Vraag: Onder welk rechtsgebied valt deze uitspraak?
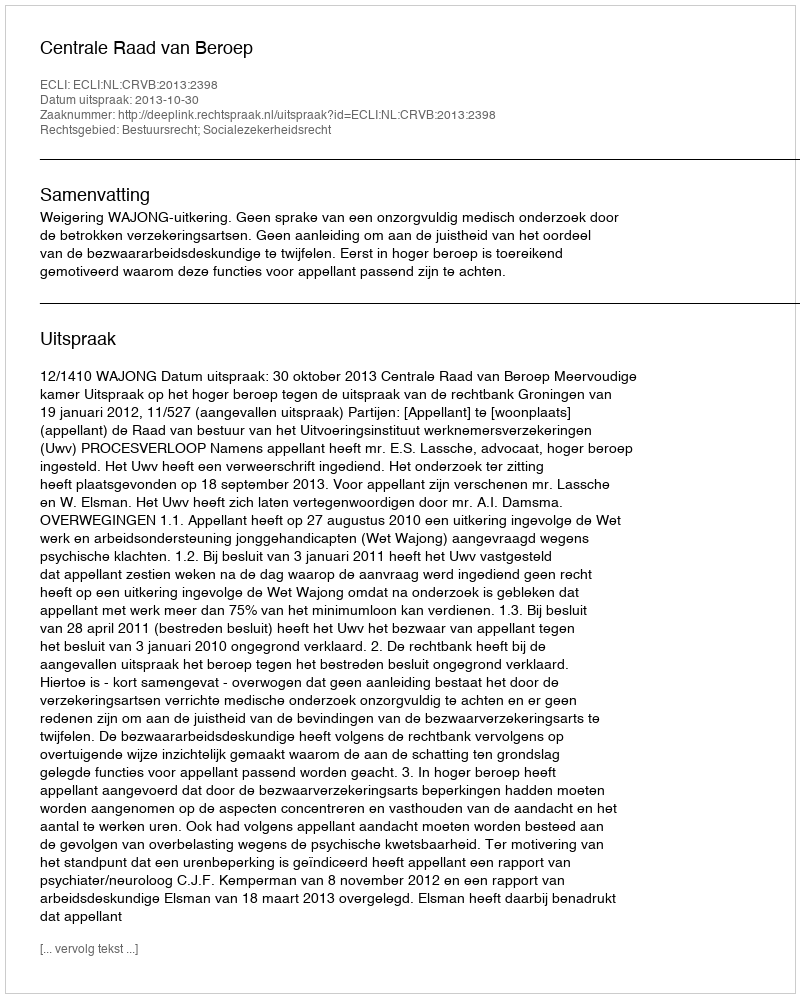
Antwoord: Bestuursrecht; Socialezekerheidsrecht